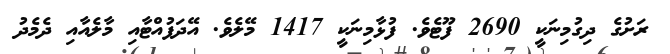
ރަށުގެ ދިގުމިނަކީ 2690 ފޫޓެވެ. ފުޅާމިނަކީ 1417 މޭލެވެ. އޭދަފުއްޓާއި މާލެއާއި ދެމެދު